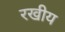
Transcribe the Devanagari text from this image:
रखीय